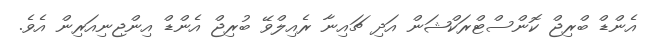
އެންޑް ބްރިޖް ކޮންސްޓްރަކްޝަން އަދި ޗައިނާ ރެއިލްވޭ ބުރިޖް އެންޑް އިންޖިނިއަރިން އެވެ.